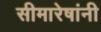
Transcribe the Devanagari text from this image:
सीमारेषांनी